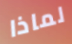
لماذا